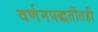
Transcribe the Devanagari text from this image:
वर्णनपद्धतींतही